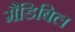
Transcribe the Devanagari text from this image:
मैंडिबिल